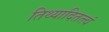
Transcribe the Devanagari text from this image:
तिथ्यादितत्त्वं